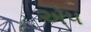
એ૫